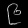
Digit: ၉